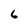
Character: 6